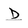
Character: D